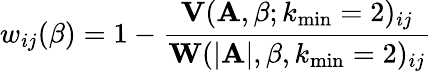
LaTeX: w_{ij}(\beta)=1-\frac{\mathbf{V}(\mathbf{A},\beta;k_{\operatorname*{min}}=2)_{ij}}{\mathbf{W}(|\mathbf{A}|,\beta,k_{\operatorname*{min}}=2)_{ij}}